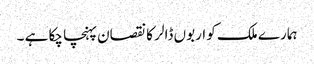
ہمارے ملک کو اربوں ڈالر کا نقصان پہنچا چکا ہے ۔